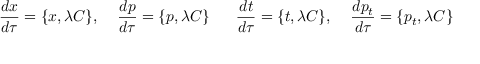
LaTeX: { \frac { d x } { d \tau } } = \{ x , \lambda C \} , \; \; \; \; { \frac { d p } { d \tau } } = \{ p , \lambda C \} \; \; \; \; \; \; { \frac { d t } { d \tau } } = \{ t , \lambda C \} , \; \; \; \; { \frac { d p _ { t } } { d \tau } } = \{ p _ { t } , \lambda C \}